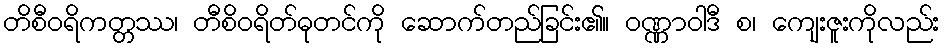
တိစီဝရိကတ္တဿ၊ တီစိဝရိတ်ဓုတင်ကို ဆောက်တည်ခြင်း၏။ ဝဏ္ဏာဝါဒီ စ၊ ကျေးဇူးကိုလည်း